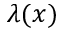
\lambda ( x )